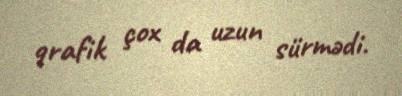
qrafik çox da uzun sürmədi.